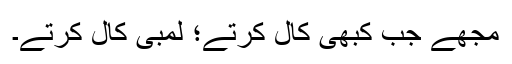
مجھے جب کبھی کال کرتے؛ لمبی کال کرتے۔